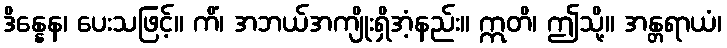
ဒိန္နေန၊ ပေးသဖြင့်။ ကိံ၊ အဘယ်အကျိုးရှိအံ့နည်း။ ဣတိ၊ ဤသို့။ အန္တရာယံ၊